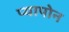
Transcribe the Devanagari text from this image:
प्यापोन